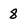
Character: 8